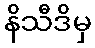
နိသီဒိမှ